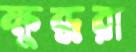
ক্ষুব্ধরা